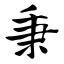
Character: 秉